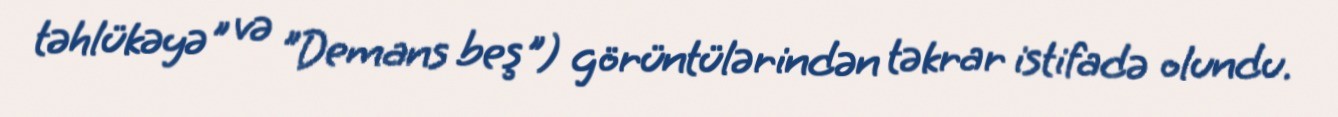
təhlükəyə" və "Demans beş") görüntülərindən təkrar istifadə olundu.